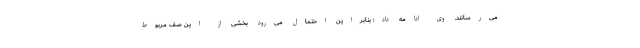
می‌رسانند. وی ادامه داد: بنابراین احتمال می‌رود بخشی از این صف مربوط